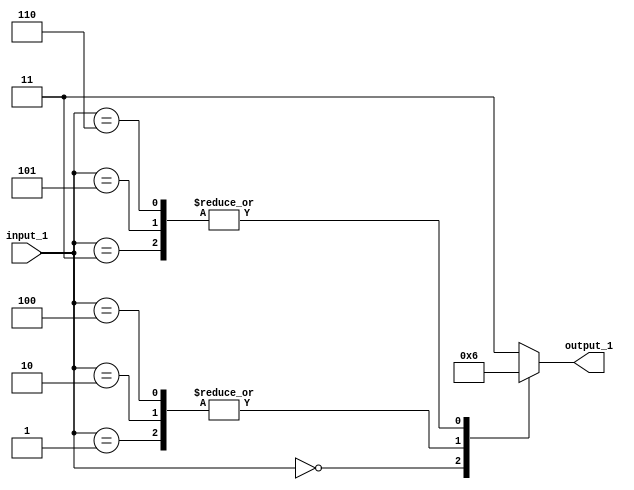
// Generator : SpinalHDL v1.4.3    git head : adf552d8f500e7419fff395b7049228e4bc5de26
// Component : unnamed
// Git hash  : adf552d8f500e7419fff395b7049228e4bc5de26



module unnamed (
  input      [2:0]    input_1,
  output     [1:0]    output_1
);
  reg        [1:0]    _zz_1;
  wire       [2:0]    _zz_2;

  assign _zz_2 = {input_1[2],{input_1[1],input_1[0]}};
  always @(*) begin
    case(_zz_2)
      3'b000 : begin
        _zz_1 = 2'b00;
      end
      3'b001 : begin
        _zz_1 = 2'b01;
      end
      3'b010 : begin
        _zz_1 = 2'b01;
      end
      3'b011 : begin
        _zz_1 = 2'b10;
      end
      3'b100 : begin
        _zz_1 = 2'b01;
      end
      3'b101 : begin
        _zz_1 = 2'b10;
      end
      3'b110 : begin
        _zz_1 = 2'b10;
      end
      default : begin
        _zz_1 = 2'b11;
      end
    endcase
  end

  assign output_1 = _zz_1;

endmodule